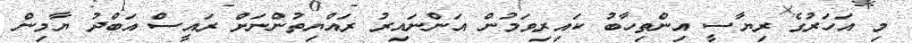
މި އަހަރުގެ ރިޔާސީ އިންތިހާބު ކައިރިވަމުން އަންނައިރު ރައްޔިތުންނަށް ރައީސް އަބްދު ޔާމިން